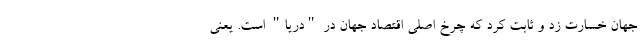
جهان خسارت زد و ثابت کرد که چرخ اصلی اقتصاد جهان در "دریا" است. یعنی